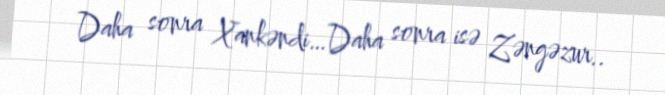
Daha sonra Xankəndi…Daha sonra isə Zəngəzur..